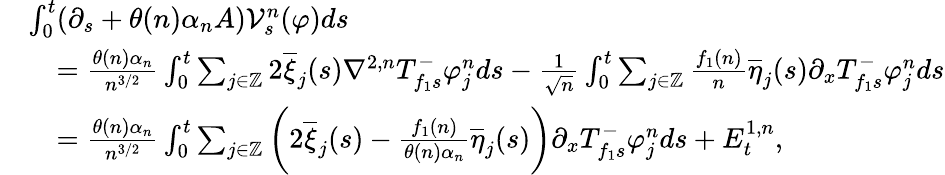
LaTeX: \begin{array}{rl}&{\int_{0}^{t}(\partial_{s}+\theta(n)\alpha_{n}A)\mathcal{V}_{s}^{n}(\varphi)ds}\\ &{\quad=\frac{\theta(n)\alpha_{n}}{n^{3/2}}\int_{0}^{t}\sum_{j\in\mathbb{Z}}2\overline{{\xi}}_{j}(s)\nabla^{2,n}T_{f_{1}s}^{-}\varphi_{j}^{n}ds-\frac{1}{\sqrt{n}}\int_{0}^{t}\sum_{j\in\mathbb{Z}}\frac{f_{1}(n)}{n}\overline{{\eta}}_{j}(s)\partial_{x}T_{f_{1}s}^{-}\varphi_{j}^{n}ds}\\ &{\quad=\frac{\theta(n)\alpha_{n}}{n^{3/2}}\int_{0}^{t}\sum_{j\in\mathbb{Z}}\bigg(2\overline{{\xi}}_{j}(s)-\frac{f_{1}(n)}{\theta(n)\alpha_{n}}\overline{{\eta}}_{j}(s)\bigg)\partial_{x}T_{f_{1}s}^{-}\varphi_{j}^{n}ds+E_{t}^{1,n},}\end{array}